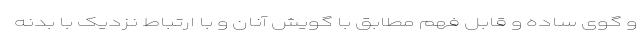
و گوی ساده و قابل فهم مطابق با گویش آنان و با ارتباط نزدیک با بدنه